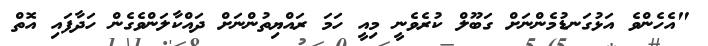
"އެހެންވެ އަޅުގަނޑުމެންނަށް ގަބޫލް ކުރެވެނީ މިއީ ހަމަ ރައްޔިތުންނަށް ދައްކާލަންވެގެން ހަދާފައި އޮތް